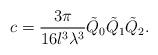
LaTeX: \begin{align*}c = \frac{3\pi}{16l^3\lambda^3}\tilde{Q}_0\tilde{Q}_1\tilde{Q}_2.\end{align*}